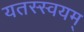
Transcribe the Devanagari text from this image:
यतस्स्वयम्